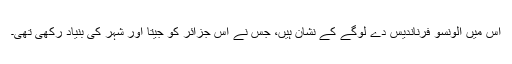
اس میں الونسو فرناندیس دے لوگے کے نشان ہیں، جس نے اس جزائر کو جیتا اور شہر کی بنیاد رکھی تھی۔